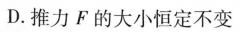
D.推力F的大小恒定不变